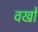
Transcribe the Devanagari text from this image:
वखों